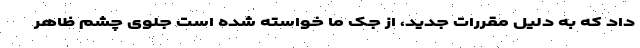
داد که به دلیل مقررات جدید، از جک ما خواسته شده است جلوی چشم ظاهر